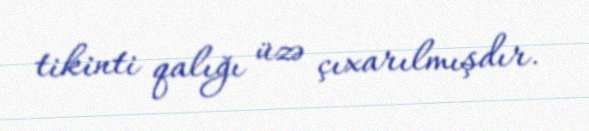
tikinti qalığı üzə çıxarılmışdır.